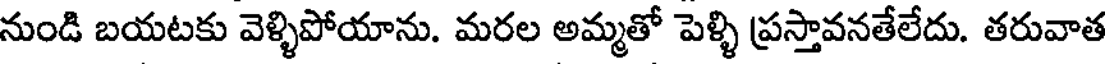
నుండి బయటకు వెళ్ళిపోయాను. మరల అమ్మతో పెళ్ళి ప్రస్తావనతేలేదు. తరువాత